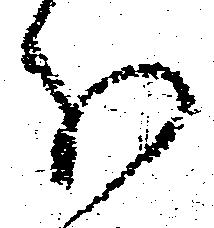
分